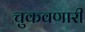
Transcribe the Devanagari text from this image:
चुकवणारी